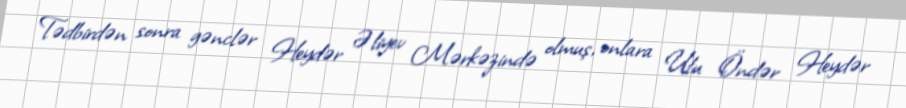
Tədbirdən sonra gənclər Heydər Əliyev Mərkəzində olmuş, onlara Ulu Öndər Heydər